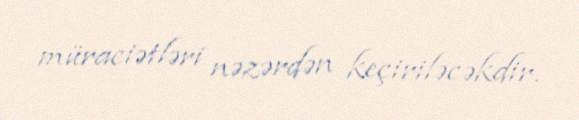
müraciətləri nəzərdən keçiriləcəkdir.